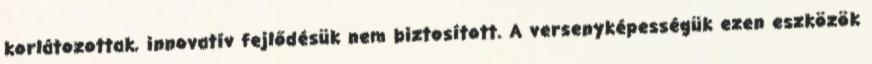
korlátozottak, innovatív fejlődésük nem biztosított. A versenyképességük ezen eszközök